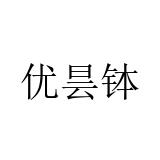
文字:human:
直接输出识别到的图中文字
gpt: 优昙钵